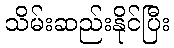
သိမ်းဆည်းနိုင်ပြီး